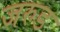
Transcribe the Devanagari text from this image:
जरुड